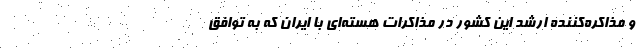
و مذاکره‌کننده ارشد این کشور در مذاکرات هسته‌ای با ایران که به توافق